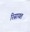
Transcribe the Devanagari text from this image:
रिसायत